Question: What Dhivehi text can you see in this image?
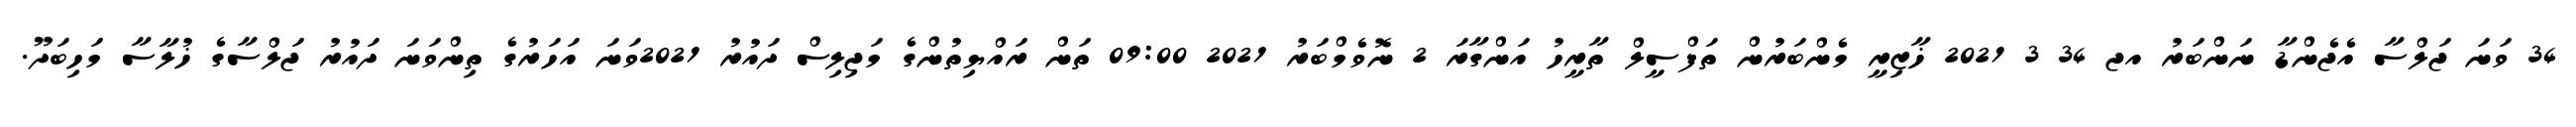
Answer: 34 ވަނަ ޖަލްސާ އެޖެންޑާ ނަންބަރު އޖ 34 3 2021 ޚާޒިރީ މެންބަރުން ތަފްސީލް ތާރީހު އަންގާރަ 2 ނޮވެމްބަރު 2021 09:00 ތަން ރައްޔިތުންގެ މަޖިލިސް ދައުރު 2021ވަނަ އަހަރުގެ ތިންވަނަ ދައުރު ޖަލްސާގެ ޚުލާސާ މަހިބަދޫ.